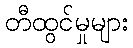
တီထွင်မှုများ